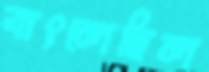
বাৎলেছিল